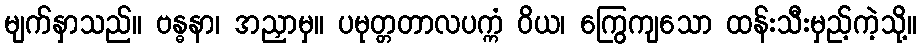
မျက်နှာသည်။ ဗန္ဓနာ၊ အညှာမှ။ ပမုတ္တတာလပက္ကံ ဝိယ၊ ကြွေကျသော ထန်းသီးမှည့်ကဲ့သို့။